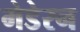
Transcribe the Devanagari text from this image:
मेडेरन